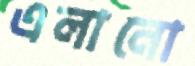
এলানো